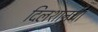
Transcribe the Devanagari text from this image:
दिलशानचा